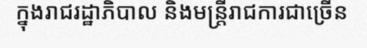
ក្នុងរាជរដ្ឋាភិបាល និងមន្ត្រីរាជការជាច្រើន